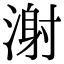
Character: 㴬